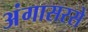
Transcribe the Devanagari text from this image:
अंगासरसे